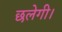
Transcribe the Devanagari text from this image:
छलेगी।